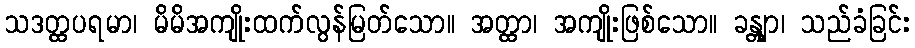
သဒတ္ထပရမာ၊ မိမိအကျိုးထက်လွန်မြတ်သော။ အတ္ထာ၊ အကျိုးဖြစ်သော။ ခန္တျာ၊ သည်ခံခြင်း